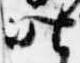
昨